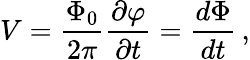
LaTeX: V={\frac{\Phi_{0}}{2\pi}}{\frac{\partial\varphi}{\partial t}}={\frac{d\Phi}{dt}}\, ,